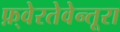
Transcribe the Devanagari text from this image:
फ़्वेरतेवेन्तूरा